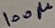
Text: 100µ